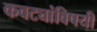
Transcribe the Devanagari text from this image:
कवट्यांविषयी